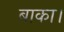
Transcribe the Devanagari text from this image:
बाका।